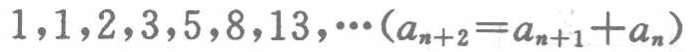
$1,1,2,3,5,8,13,\cdots(a_{n + 2}=a_{n + 1}+a_{n})$